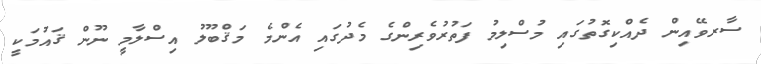
ސާރވޭއިން ދެއްކިގޮތުގައި މުސްލިމު ފަތުރުވެރިންގެ މެދުގައި އެންމެ މަޤްބޫލު އިސްލާމީ ނޫން ޤައުމަކީ